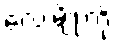
လေးမျိုးကို